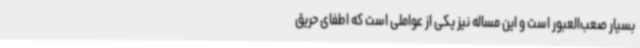
بسیار صعب‌العبور است و این مساله نیز یکی از عواملی است که اطفای حریق